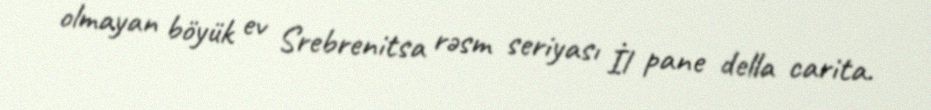
olmayan böyük ev Srebrenitsa rəsm seriyası İl pane della carita.